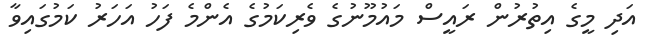
އަދި މީގެ އިތުރުން ރައީސް މައުމޫނުގެ ވެރިކަމުގެ އެންމެ ފަހު އަހަރު ކަމުގައިވާ